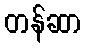
တန်ဆာ